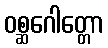
ဝစ္ဆဂေါတ္တော